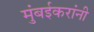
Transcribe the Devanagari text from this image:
मुंबईकरांनी